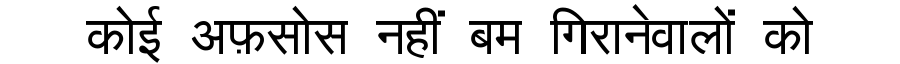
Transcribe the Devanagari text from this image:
कोई अफ़सोस नहीं बम गिरानेवालों को